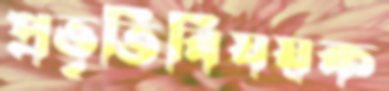
প্রভৃতিবিষয়ক